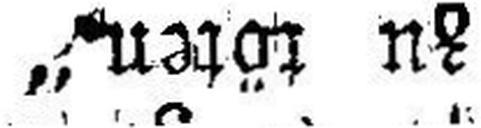
zu töten.“